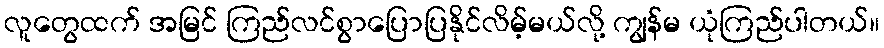
လူတွေထက် အမြင် ကြည်လင်စွာပြောပြနိုင်လိမ့်မယ်လို့ ကျွန်မ ယုံကြည်ပါတယ်။